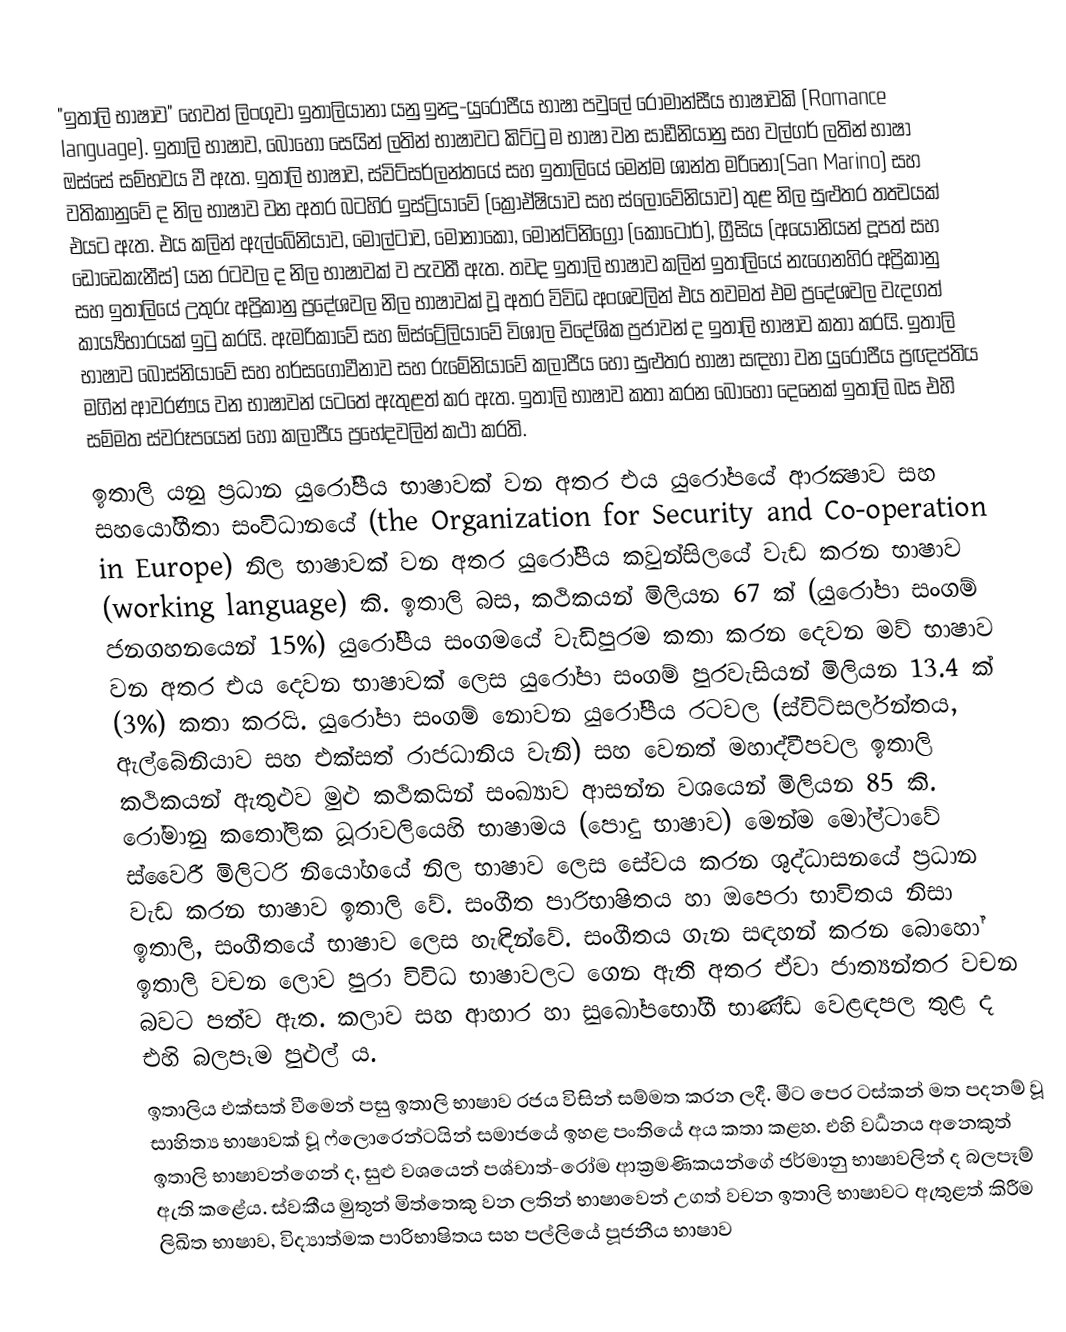
"ඉතාලි භාෂාව" හෙවත් ලිංගුවා ඉතාලියානා යනු ඉන්‍දු-යුරෝපීය භාෂා පවුලේ රොමාන්සීය භාෂාවකි (Romance language). ඉතාලි භාෂාව, බොහෝ සෙයින් ලතින් භාෂාවට කිට්ටු ම භාෂා වන සාඩීනියානු සහ වල්ගර් ලතින් භාෂා ඔස්සේ සම්භවය වී ඇත. ඉතාලි භාෂාව, ස්විට්සර්ලන්තයේ සහ ඉතාලියේ මෙන්ම ශාන්ත මරිනෝ(San Marino) සහ වතිකානුවේ ද නිල භාෂාව වන අතර බටහිර ඉස්ට්‍රියාවේ (ක්‍රොඒෂියාව සහ ස්ලොවේනියාව) තුළ නිල සුළුතර තත්‍වයක් එයට ඇත. එය කලින් ඇල්බේනියාව, මෝල්ටාව, මොනාකෝ, මොන්ටිනිග්‍රෝ (කොටෝර්), ග්‍රීසිය (අයෝනියන් දූපත් සහ ඩොඩෙකැනීස්) යන රටවල ද නිල භාෂාවක් ව පැවතී ඇත. තවද ඉතාලි භාෂාව  කලින් ඉතාලියේ නැගෙනහිර අප්‍රිකානු සහ ඉතාලියේ උතුරු අප්‍රිකානු ප්‍රදේශවල නිල භාෂාවක් වූ අතර විවිධ අංශවලින් එය තවමත් එම ප්‍රදේශවල වැදගත් කාර්‍ය්‍යභාරයක් ඉටු කරයි. ඇමරිකාවේ සහ ඕස්ට්‍රේලියාවේ විශාල විදේශික ප්‍රජාවන් ද ඉතාලි භාෂාව කතා කරයි. ඉතාලි භාෂාව බොස්නියාවේ සහ හර්සගොවීනාව සහ රුමේනියාවේ කලාපීය හෝ සුළුතර භාෂා සඳහා වන යුරෝපීය ප්‍රඥප්තිය මගින් ආවරණය වන භාෂාවන් යටතේ ඇතුළත් කර ඇත. ඉතාලි භාෂාව කතා කරන බොහෝ දෙනෙක් ඉතාලි බස එහි සම්මත ස්වරූපයෙන් හෝ කලාපීය ප්‍රභේදවලින් කථා කරති.
ඉතාලි යනු ප්‍රධාන යුරෝපීය භාෂාවක් වන අතර එය යුරෝපයේ ආරක්‍ෂාව සහ සහයෝගීතා සංවිධානයේ (the Organization for Security and Co-operation in Europe) නිල භාෂාවක් වන අතර යුරෝපීය කවුන්සිලයේ වැඩ කරන භාෂාව (working language) කි. ඉතාලි බස, කථිකයන් මිලියන 67 ක් (යුරෝපා සංගම් ජනගහනයෙන් 15%) යුරෝපීය සංගමයේ වැඩිපුරම කතා කරන දෙවන මව් භාෂාව වන අතර එය දෙවන භාෂාවක් ලෙස යුරෝපා සංගම් පුරවැසියන් මිලියන 13.4 ක් (3%) කතා කරයි. යුරෝපා සංගම් නොවන යුරෝපීය රටවල (ස්විට්සර්ලන්තය, ඇල්බේනියාව සහ එක්සත් රාජධානිය වැනි) සහ වෙනත් මහාද්වීපවල ඉතාලි කථිකයන් ඇතුළුව මුළු කථිකයින් සංඛ්‍යාව ආසන්න වශයෙන් මිලියන 85 කි. රෝමානු කතෝලික ධූරාවලියෙහි භාෂාමය (පොදු භාෂාව) මෙන්ම මෝල්ටාවේ ස්වෛරී මිලිටරි නියෝගයේ නිල භාෂාව ලෙස සේවය කරන ශුද්ධාසනයේ ප්‍රධාන වැඩ කරන භාෂාව ඉතාලි වේ. සංගීත පාරිභාෂිතය හා ඔපෙරා භාවිතය නිසා ඉතාලි, සංගීතයේ භාෂාව ලෙස හැඳින්වේ. සංගීතය ගැන සඳහන් කරන බොහෝ ඉතාලි වචන ලොව පුරා විවිධ භාෂාවලට ගෙන ඇති අතර ඒවා ජාත්‍යන්තර වචන බවට පත්ව ඇත. කලාව සහ ආහාර හා සුඛෝපභෝගී භාණ්ඩ වෙළඳපල තුළ ද එහි බලපෑම පුළුල් ය.
ඉතාලිය එක්සත් වීමෙන් පසු ඉතාලි භාෂාව රජය විසින් සම්මත කරන ලදී. මීට පෙර ටස්කන් මත පදනම් වූ සාහිත්‍ය භාෂාවක් වූ ෆ්ලොරෙන්ටයින් සමාජයේ ඉහළ පංතියේ අය කතා කළහ. එහි වර්‍ධනය අනෙකුත් ඉතාලි භාෂාවන්ගෙන් ද, සුළු වශයෙන් පශ්චාත්-රෝම ආක්‍රමණිකයන්ගේ ජර්මානු භාෂාවලින් ද බලපෑම් ඇති කළේය. ස්වකීය මුතුන් මිත්තෙකු වන ලතින් භාෂාවෙන් උගත් වචන ඉතාලි භාෂාවට ඇතුළත් කිරීම ලිඛිත භාෂාව, විද්‍යාත්මක පාරිභාෂිතය සහ පල්ලියේ පූජනීය භාෂාව